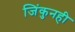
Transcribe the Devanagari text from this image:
जिंकुनही